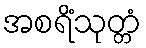
အစရိံသုတ္တံ